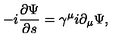
- i \frac { \partial \Psi } { \partial s } = \gamma ^ { \mu } i \partial _ { \mu } \Psi ,